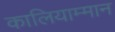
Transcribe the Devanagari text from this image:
कालियाम्मान